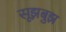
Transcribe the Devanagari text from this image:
सूझबुझ